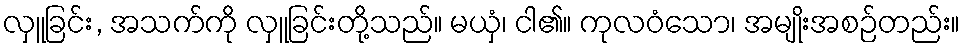
လှူခြင်း, အသက်ကို လှူခြင်းတို့သည်။ မယှံ၊ ငါ၏။ ကုလဝံသော၊ အမျိုးအစဉ်တည်း။